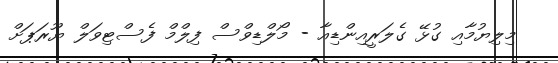
މިލިޔުމާއި ގުޅޭ ގެލަރީއިންޑިއާ - މޯލްޑިވްސް ފިލްމް ފެސްޓިވަލް ޔޫރަޕަށް